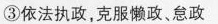
③依法执政，克服懒政、怠政